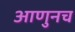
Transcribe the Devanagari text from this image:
आणुनच